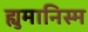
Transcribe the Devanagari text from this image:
ह्युमानिस्म